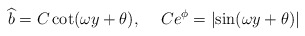
\begin{align*}\widehat{b} =C \cot(\omega y+\theta),\hskip.5cmC e^\phi=\left|\sin(\omega y+\theta)\right|\end{align*}